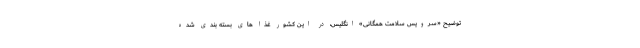
توضیح «سرویس سلامت همگانی» انگلیس، در این کشور غذا های بسته بندی شده